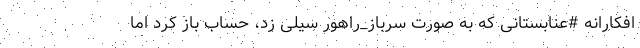
افکارانه #عنابستانی که به صورت سرباز_راهور سیلی زد، حساب باز کرد اما